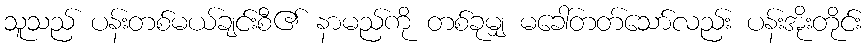
သူသည် ပန်းတစ်မယ်ချင်းစီ၏ နာမည်ကို တစ်ခုမျှ မခေါ်တတ်သော်လည်း ပန်းအိုးတိုင်း